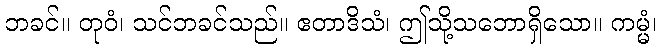
ဘခင်။ တုဝံ၊ သင်ဘခင်သည်။ ဧတာဒိသံ၊ ဤသို့သဘောရှိသော။ ကမ္မံ၊